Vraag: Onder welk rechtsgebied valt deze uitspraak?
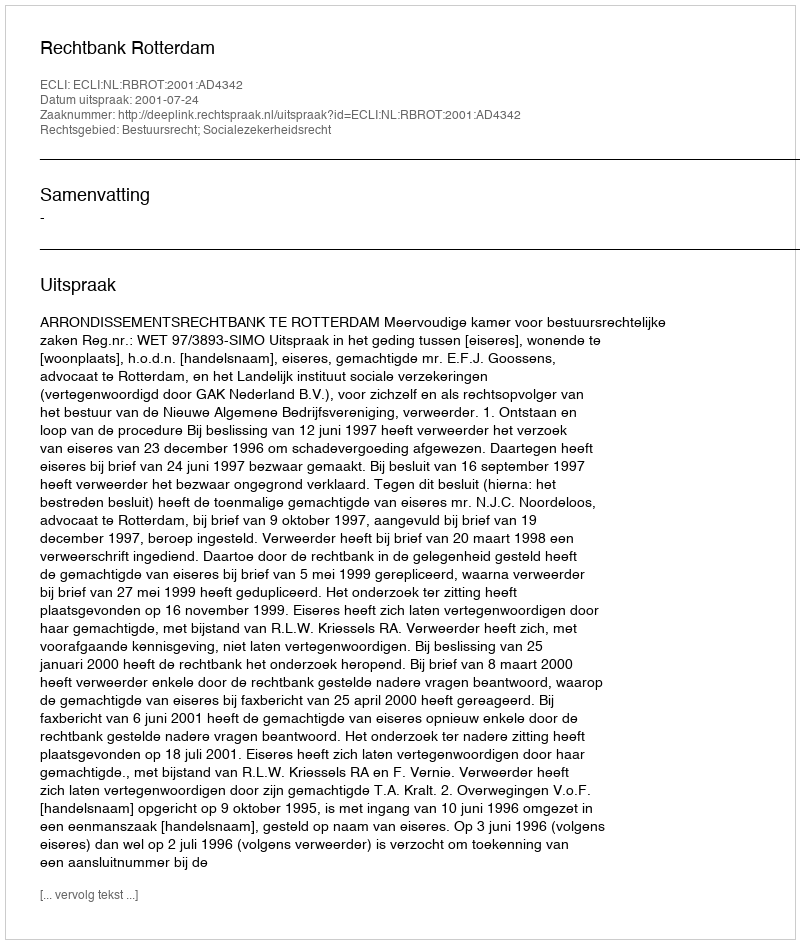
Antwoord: Bestuursrecht; Socialezekerheidsrecht